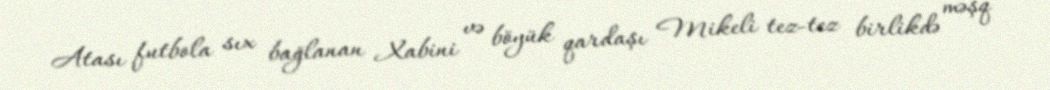
Atası futbola sıx bağlanan Xabini və böyük qardaşı Mikeli tez-tez birlikdə məşq